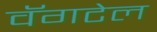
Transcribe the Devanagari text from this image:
वॅगटेल